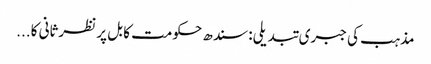
مذہب کی جبری تبدیلی: سندھ حکومت کا بل پر نظرثانی کا...